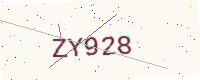
Text: ZY928